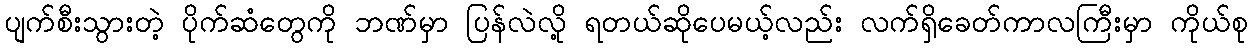
ပျက်စီးသွားတဲ့ ပိုက်ဆံတွေကို ဘဏ်မှာ ပြန်လဲလို့ ရတယ်ဆိုပေမယ့်လည်း လက်ရှိခေတ်ကာလကြီးမှာ ကိုယ်စု